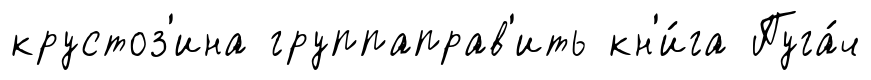
крустоз'ина группаправ'ить кн'и́га Пуга́ч